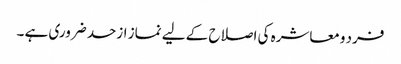
فرد ومعاشرہ کی اصلاح کے لیے نماز ازحد ضروری ہے ۔